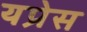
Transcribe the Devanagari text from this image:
यप्रेस